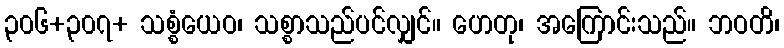
၃၀၆+၃၀၇+ သစ္စံယေဝ၊ သစ္စာသည်ပင်လျှင်။ ဟေတု၊ အကြောင်းသည်။ ဘဝတိ၊